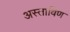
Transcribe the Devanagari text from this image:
अस्ताविण